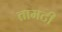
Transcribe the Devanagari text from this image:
तामटी